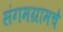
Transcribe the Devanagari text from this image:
संगमग्रामचे